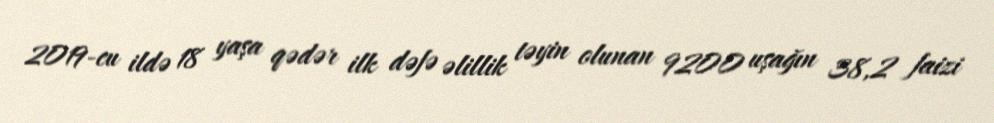
2019-cu ildə 18 yaşa qədər ilk dəfə əlillik təyin olunan 9200 uşağın 38,2 faizi